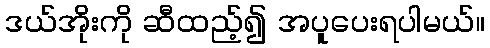
ဒယ်အိုးကို ဆီထည့်၍ အပူပေးရပါမယ်။